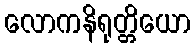
လောကနိရုတ္တိယော